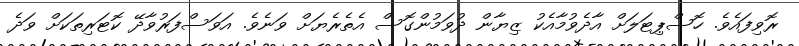
ރޮވިފައެވެ. ހޮސްޕިޓަލަށް އާދެވުމާއެކު ޒިޔާން ދުވަމުންގޮސް އެތެރެޔަށް ވަނެވެ. އަވަސްފަރުވާދޭ ކޮޓަރިތަކަށް ވަދެ